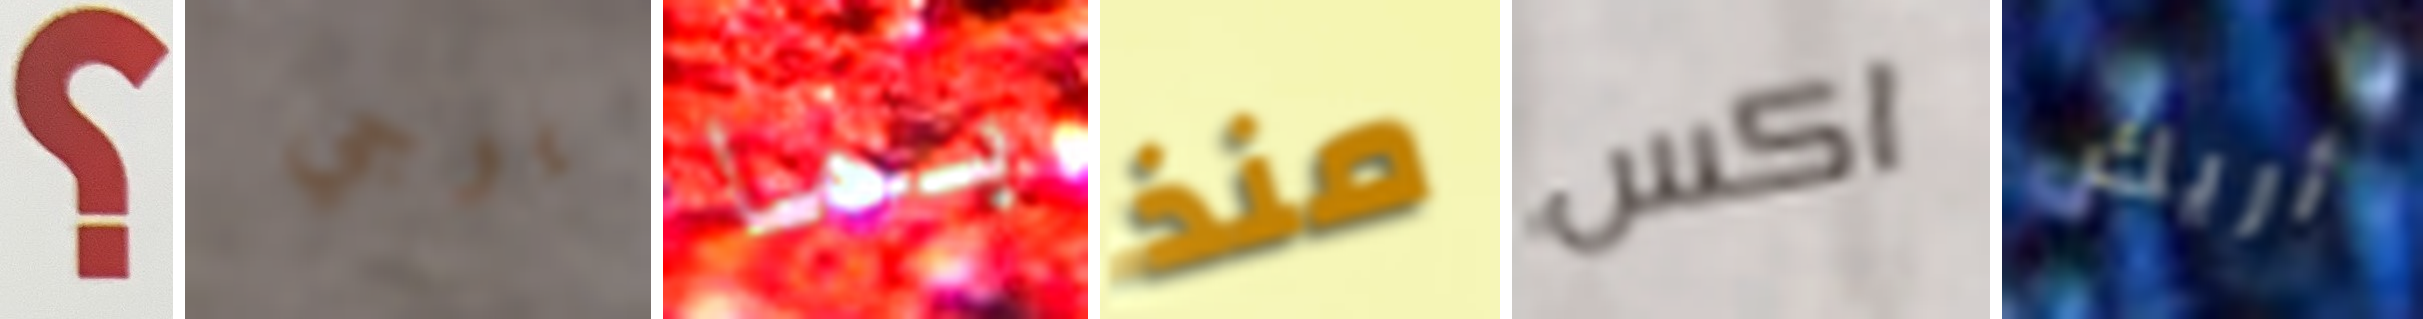
؟ يوجي بما منذ اكس أريك